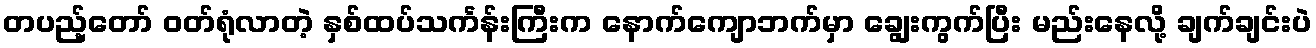
တပည့်တော် ဝတ်ရုံလာတဲ့ နှစ်ထပ်သင်္ကန်းကြီးက နောက်ကျောဘက်မှာ ချွေးကွက်ပြီး မည်းနေလို့ ချက်ချင်းပဲ